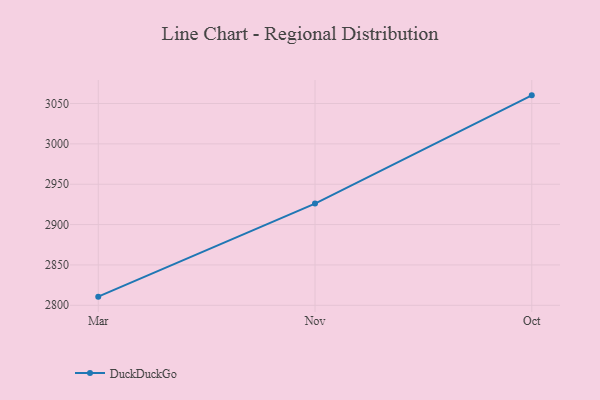
{"axis": {"x": "Month", "y": "Conversion Rate (%)"}, "legend": ["DuckDuckGo"], "data": [{"x": "Mar", "y": 2810.7, "type": "DuckDuckGo"}, {"x": "Nov", "y": 2926.0, "type": "DuckDuckGo"}, {"x": "Oct", "y": 3060.1, "type": "DuckDuckGo"}]}